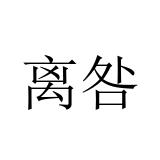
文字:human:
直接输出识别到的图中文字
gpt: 离咎